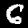
Digit: 6